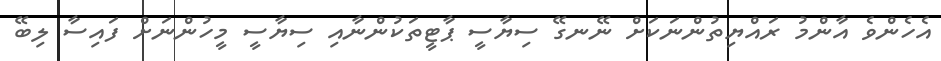
އެހެންވެ އާންމު ރައްޔިތުންނަކަށް ނޭނގޭ ސިޔާސީ ޕާޓީތަކުންނާއި ސިޔާސީ މީހުންނަށް ފައިސާ ލިބޭ